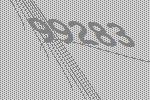
99283